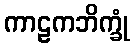
ကာဠကဘိက္ခုံ